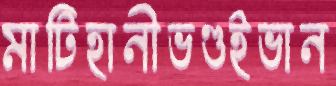
মাটিহানীভণ্ডইভান